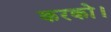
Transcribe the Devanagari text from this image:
करको।